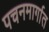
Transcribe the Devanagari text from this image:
पचनमार्गात